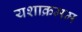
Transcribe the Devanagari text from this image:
यशाक्रमम